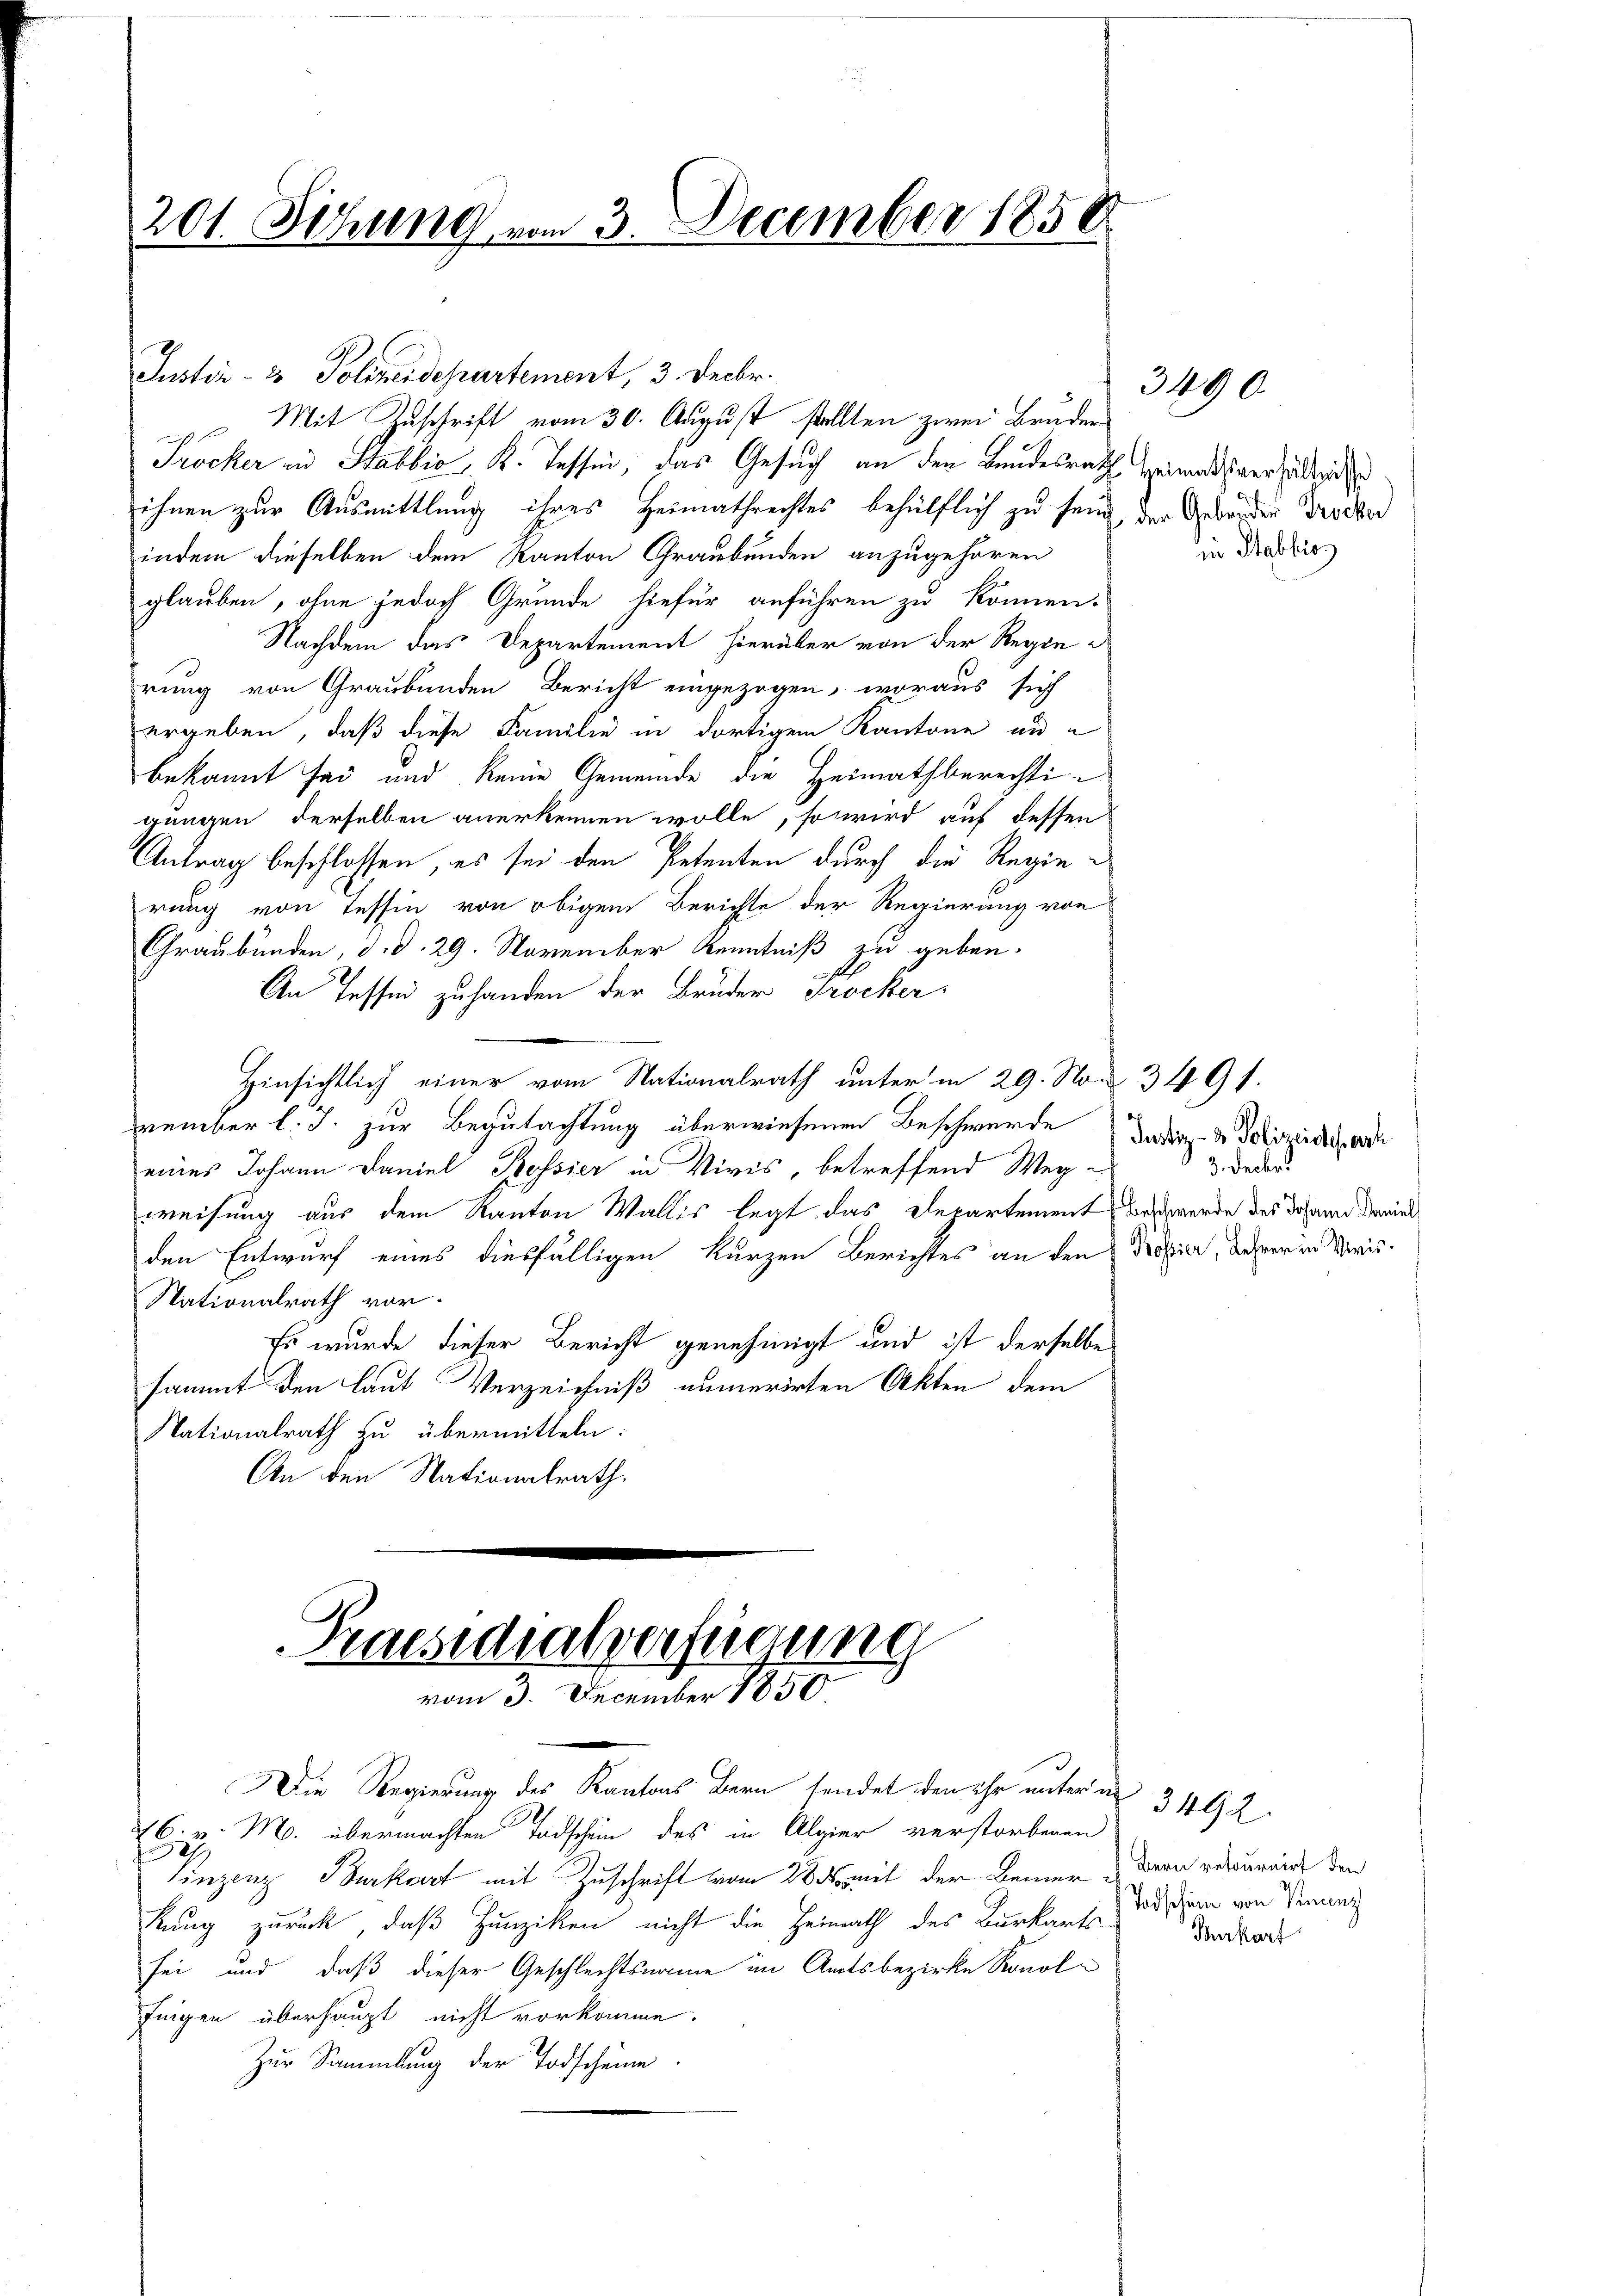
201. Setzung vom 3. December 1858

Justiz- & Polizeidepartement, 3. Decbr.
Mit Zuschrift vom 30. August stellten zwei Bruder
Tröcker in Stabbio, K. Tessin, das Gesuch an den Bundesrath Heimatsverhältnisse
ihnen zur Ausmittlung ihres Heimathrechtes behülflich zu sein der Gebrüder Trocker
indem dieselben dem Kanton Graubünden anzugehören
glauben, ohne jedoch Grunde hiefür anführen zu können.
Nachdem das Departement hierüber von der Regie
rung von Graubünden Bericht eingezogen, woraus sich
ergeben, daß diese Familie in dortigem Kantone au
bekannt sei und keine Gemeinde die Heimathberechtigungen derselben anerkennen wolle, so wird auf dessen
Antrag beschlossen, es sei den Petenten durch die Regierung von Tessin von obigem Berichte der Regierung von
Graubünden, d. d. 29. November Kenntniß zu geben.
An Tessin zuhanden der Bruder Trocker
Hinsichtlich einer vom Nationalrath unter in 29. No. 3491.
vember l. J. zur Begutachtung überwiesenen Beschwerde dadiz & Polizeidierte
eines Johann Daniel Rossier in Vivis, betreffend Weg e
weisung aus dem Kanton Wallis legt das Departement beschwerde des Johann dariel
den Entwurf eines diesfälligen kurzen Berichtes an den Krisier, der in Bris¬
Nationalrath vor.
Es wurde dieser Bericht genehmigt und ist derselbe
sammt den laut Verzeichniß aumerirten Akten dem
Nationalrath zu übermitteln:
An den Nationalrath,

Praesidialverfügung
vom 3. December 1850.

Die Regierung des Kantons Bern sendet den ihr unter an
76. v. M. übermachten Todschen des in Algier verstorbenen
2
inzenz Burkart mit Zuschrift vom 285 mit der Beiner & Bern retournirt den
kung zurück, daß Hunziken nicht die Heimath des Burkarts-
sei und daß dieser Geschlechtsname im Amtsbezirke Konolfingen überhaupt nicht vorkomme.
Zur Sammlung der Todscheine

in Stabliss

3490.

3. Decbr.

3492.
Todschen von Vincenz
Murkart